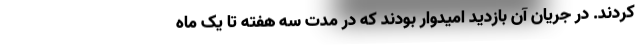
کردند. در جریان آن بازدید امیدوار بودند که در مدت سه هفته تا یک ماه